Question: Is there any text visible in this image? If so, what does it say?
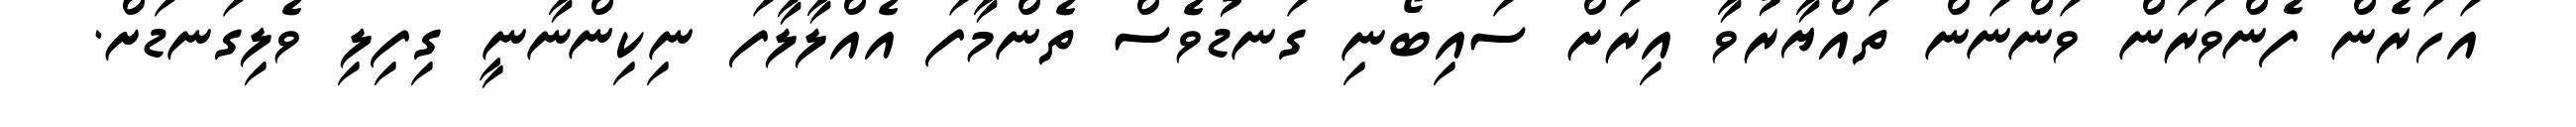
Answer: އަހަރެން ފެންވަރަން ވަންނަން ތައްޔާރުވާ އިރަށް ސައިބޯނި ގަނޑުވެސް ތެންމާފަ އެއްލާލާފަ ނިކިންނާނީ ގިފިލި ވެލިގަނޑަށް.